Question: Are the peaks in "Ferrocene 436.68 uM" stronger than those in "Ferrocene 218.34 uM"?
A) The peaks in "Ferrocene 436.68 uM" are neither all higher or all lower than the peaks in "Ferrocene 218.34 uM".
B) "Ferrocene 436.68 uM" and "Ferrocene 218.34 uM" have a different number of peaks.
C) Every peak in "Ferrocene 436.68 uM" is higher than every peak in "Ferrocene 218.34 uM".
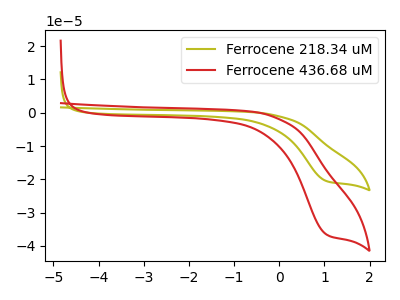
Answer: <think>The olive curve "Ferrocene 218.34 uM" has a cathodic peak at: (1.05V, -20.50uA). The red curve "Ferrocene 436.68 uM" has a cathodic peak at: (1.05V, -36.55uA).</think>
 <answer>C) Every peak in "Ferrocene 436.68 uM" is higher than every peak in "Ferrocene 218.34 uM".</answer>
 <eval>C</eval>